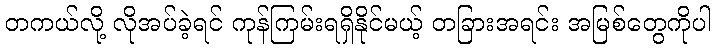
တကယ်လို့ လိုအပ်ခဲ့ရင် ကုန်ကြမ်းရရှိနိုင်မယ့် တခြားအရင်း အမြစ်တွေကိုပါ